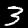
Digit: 3